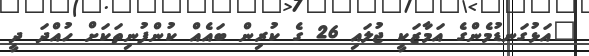
"އަޅުގަނޑުމެންގެ އަމާޒަކީ ޖުލައި 26 ގެ ކުރިން ބައެއް ކުންފުނިތަކަށް ހުއްދަ ދީ